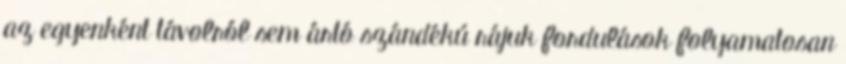
az egyenként távolról sem ártó szándékú rájuk fordulások folyamatosan